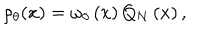
\rho _ { \theta } ( x ) = \omega _ { \theta } \left( x \right) Q _ { N } \left( x \right) ,